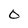
Character: O